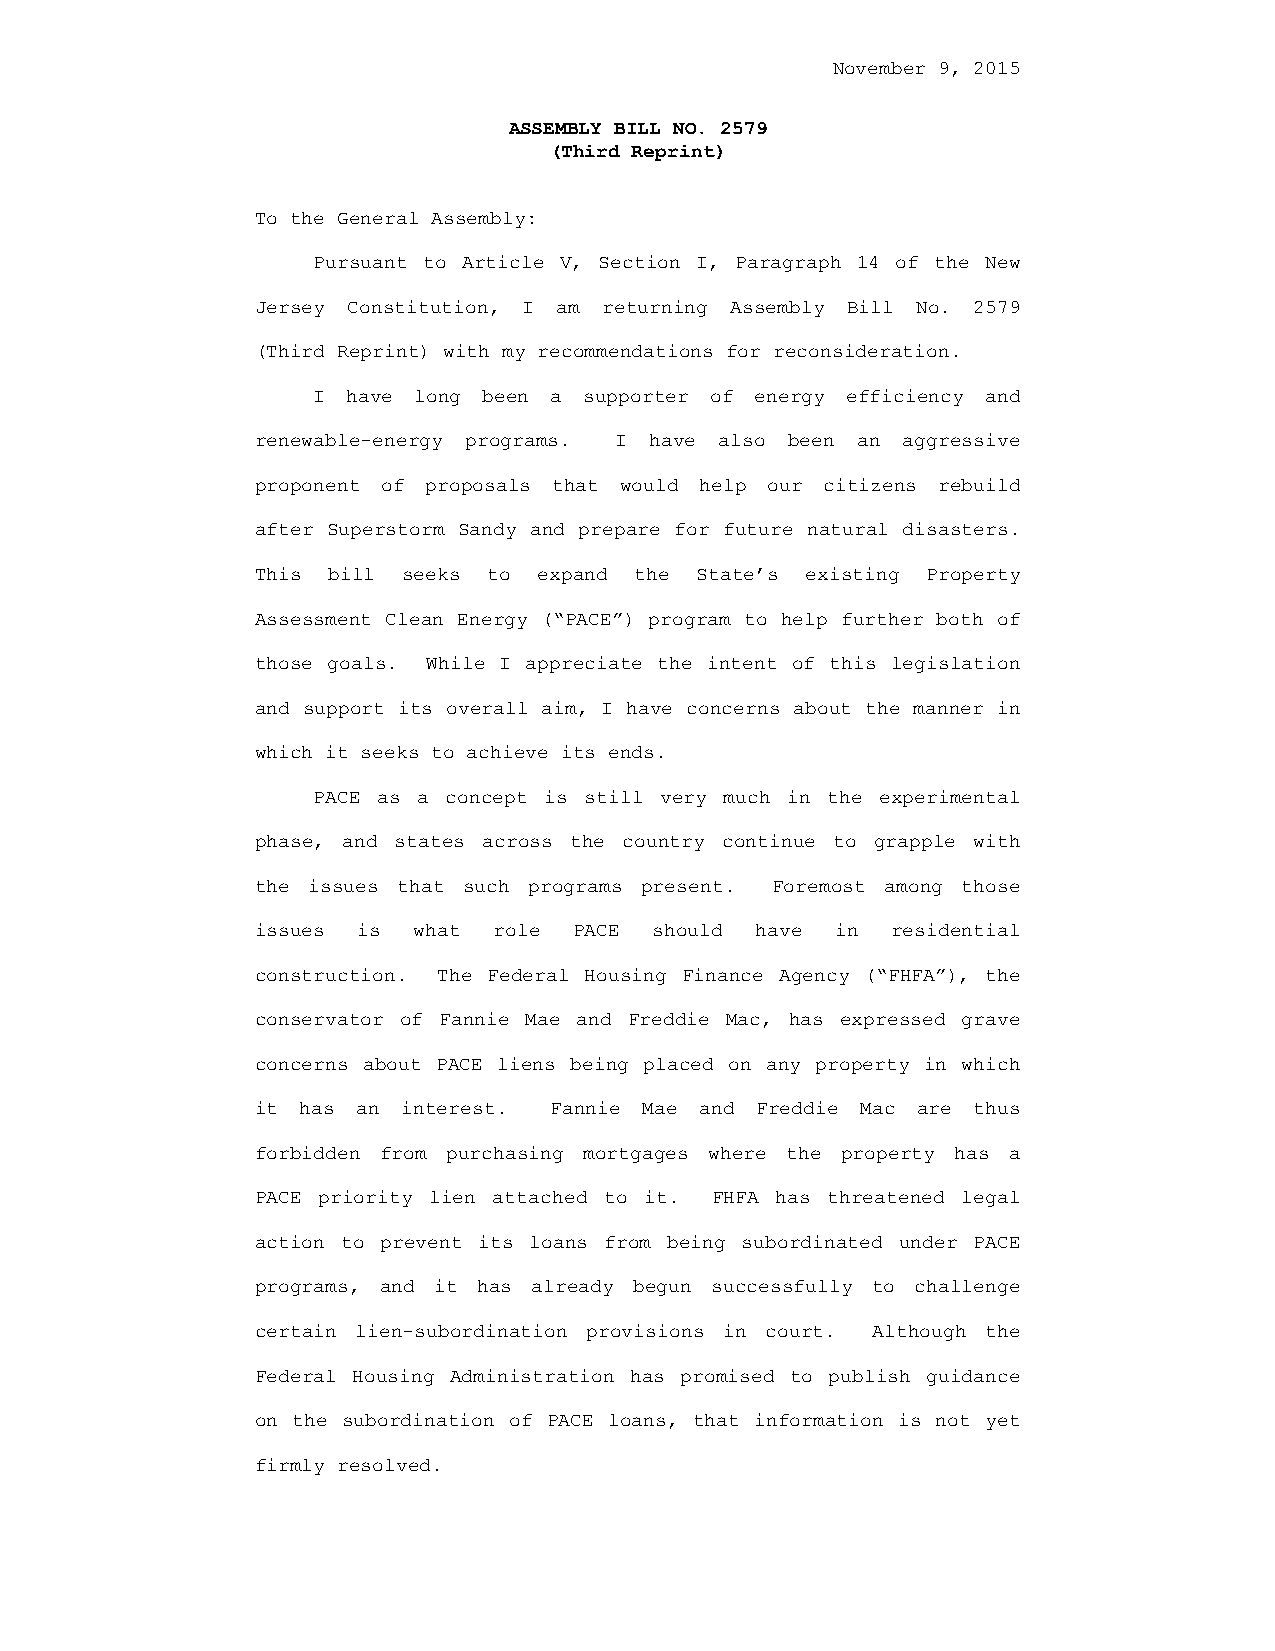
November 9, 2015
 ASSEMBLY BILL NO. 2579
 (Third Reprint)
 To the General Assembly:
 Pursuant to Article V, Section I, Paragraph 14 of the New
 Jersey Constitution, I am returning Assembly Bill No. 2579
 (Third Reprint) with my recommendations for reconsideration.
 I have long been a supporter of energy efficiency and
 renewable-energy programs. I have also been an aggressive
 proponent of proposals that would help our citizens rebuild
 after Superstorm Sandy and prepare for future natural disasters.
 This bill seeks to expand the State’s existing Property
 Assessment Clean Energy (“PACE”) program to help further both of
 those goals. While I appreciate the intent of this legislation
 and support its overall aim, I have concerns about the manner in
 which it seeks to achieve its ends.
 PACE as a concept is still very much in the experimental
 phase, and states across the country continue to grapple with
 the issues that such programs present. Foremost among those
 issues is what  role PACE should have in  residential
 construction. The Federal Housing Finance Agency (“FHFA”), the
 conservator of Fannie Mae and Freddie Mac, has expressed grave
 concerns about PACE liens being placed on any property in which
 it has an interest. Fannie Mae and Freddie Mac are thus
 forbidden from purchasing mortgages where the property has a
 PACE priority lien attached to it. FHFA has threatened legal
 action to prevent its loans from being subordinated under PACE
 programs, and it has already begun successfully to challenge
 certain lien-subordination provisions in court. Although the
 Federal Housing Administration has promised to publish guidance
 on the subordination of PACE loans, that information is not yet
 firmly resolved.